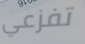
تفزعي